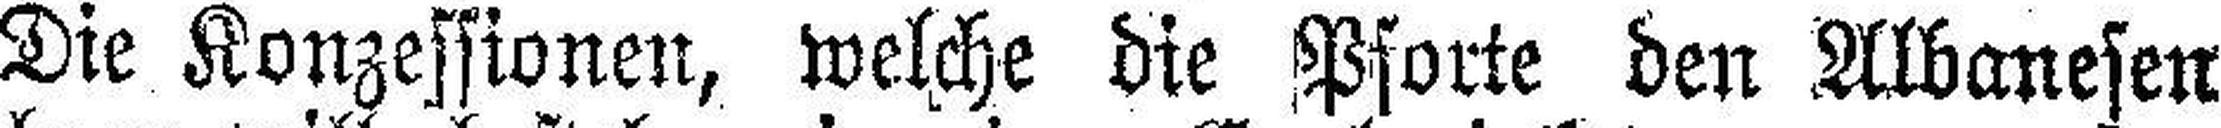
Die Konzessionen, welche die Pforte den Albanesen